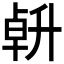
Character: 𠦲